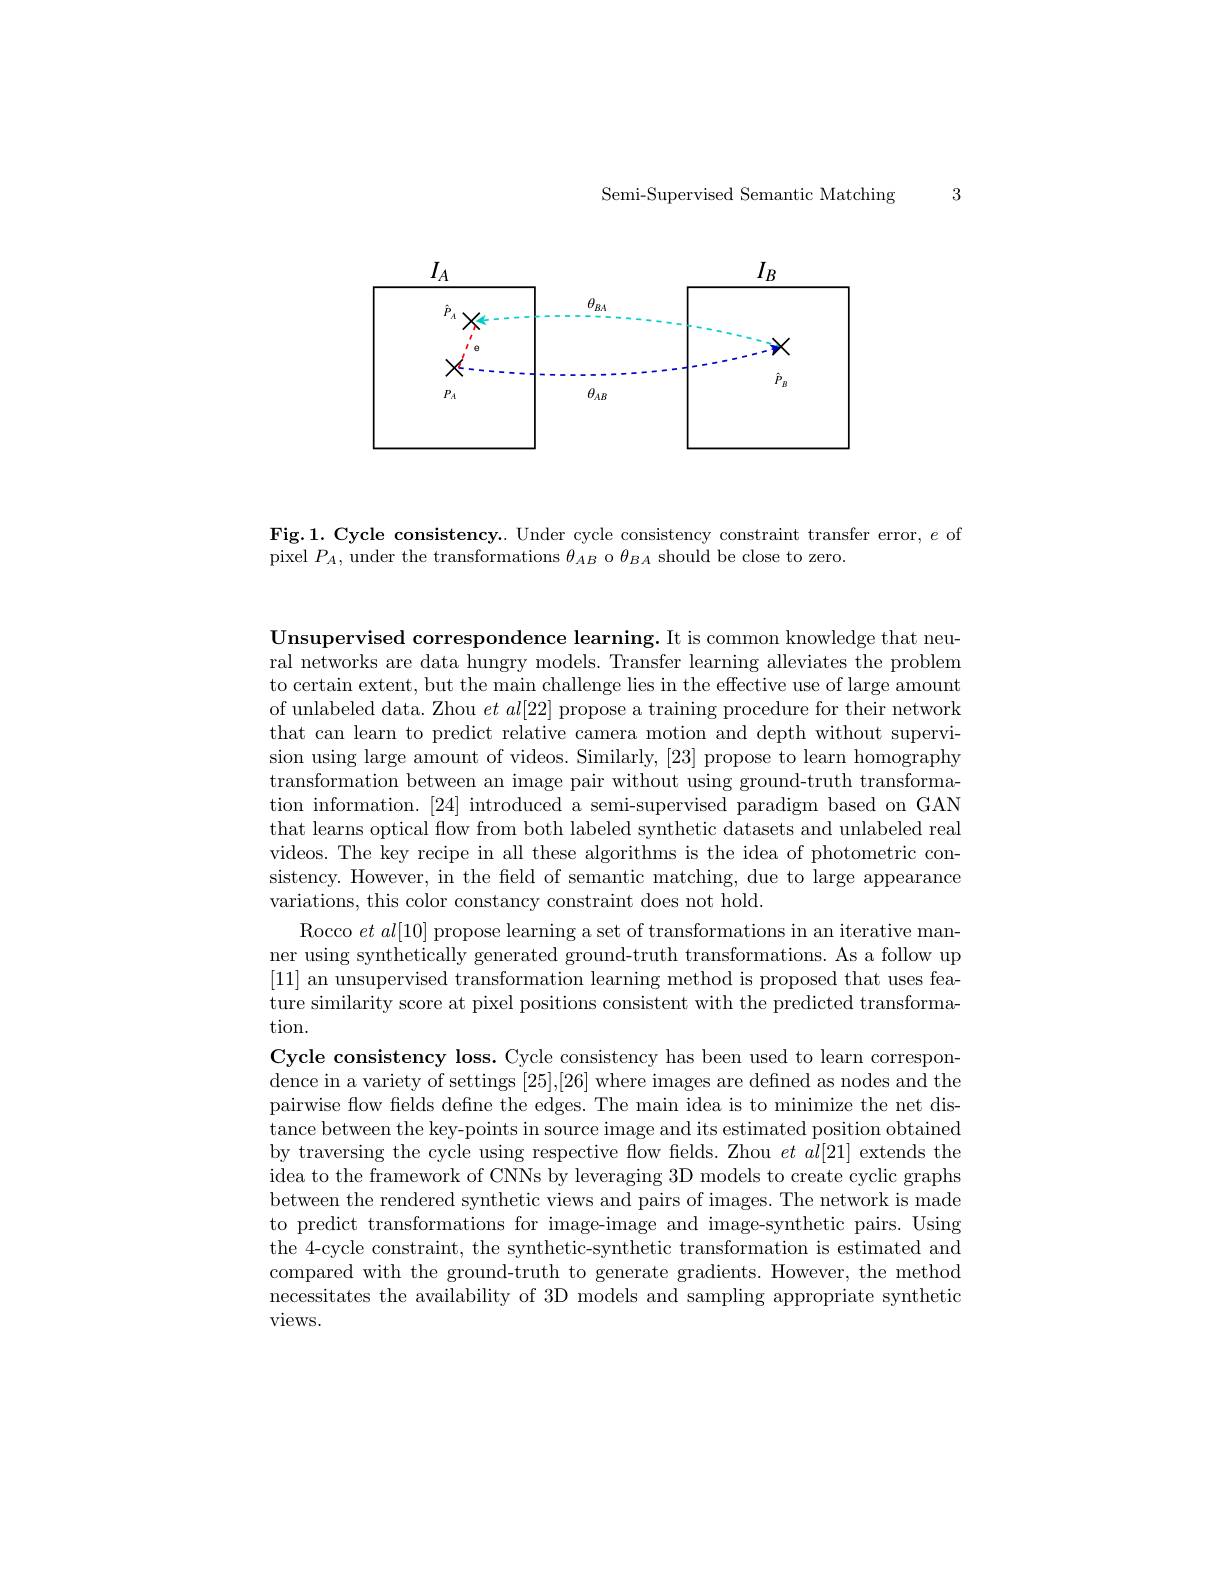
Semi-Supervised Semantic Matching 3

<FigureHere>

Fig.1. Cycle consistency.. Under cycle consistency constraint transfer error, $e$ of
pixel $P_A$, under the transformations $\theta_AB$ o $\theta_{BA}$ should be close to zero

Unsupervised correspondence learning. It is common knowledge that neural networks are data hungry models. Transfer learning alleviates the problem to certain extent, but the main challenge lies in the effective use of large amount of unlabeled data. Zhou $et\textit{al[ 22] propose a training procedure for their network}$ that can learn to predict relative camera motion and depth without supervision using large amount of videos. Similarly, [23] propose to learn homography transformation between an image pair without using ground-truth transformation information. [24] introduced a semi-supervised paradigm based on GAN that learns optical flow from both labeled synthetic datasets and unlabeled real videos. The key recipe in all these algorithms is the idea of photometric consistency. However, in the field of semantic matching, due to large appearance variations, this color constancy constraint does not hold.
Rocco $et\textit{al[ 10] propose learning a set of transformations in an iterative man- }$ ner using synthetically generated ground-truth transformations. As a follow up $[11]{\text{ an unsupervised transformation learning method is proposed that uses fea-}}$ ture similarity score at pixel positions consistent with the predicted transformation.
Cycle consistency loss. Cycle consistency has been used to learn correspondence in a variety of settings [25],[26] where images are defned as nodes and the pairwise flow fields define the edges. The main idea is to minimize the net distance between the key-points in source image and its estimated position obtained by traversing the cycle using respective flow fields. Zhou $et\textit{al[ 21] extends the}$ idea to the framework of CNNs by leveraging 3D models to create cyclic graphs between the rendered synthetic views and pairs of images. The network is made to predict transformations for image-image and image-synthetic pairs. Using the 4-cycle constraint, the synthetic-synthetic transformation is estimated and compared with the ground-truth to generate gradients. However, the method necessitates the availability of 3D models and sampling appropriate synthetic views.